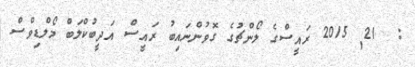
:  21